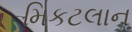
મિકટલાન